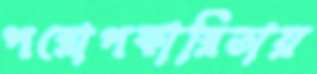
পরোপকারিতায়